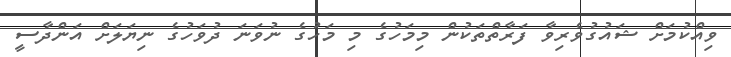
ވިއްކުމަށް ޝައުގުވެރިވާ ފަރާތްތަކުން މިމަހުގެ މި މަހުގެ ނުވަނަ ދުވަހުގެ ނިޔަލަށް އަންދާސީ